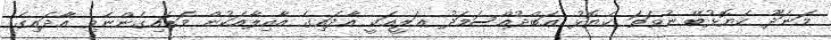
މަނަދޫ ކެޔޮޅުބޭ ނުވަތަ ކެޔޮޅު ޢަބްދުއްސަމަދު ޢަލީއަކީ އާދައިގެ އާއިލާއަކުން ވަޑައިގެންނެވި އާދައިގެ